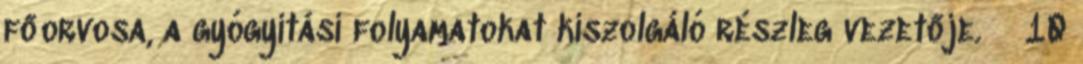
főorvosa, a gyógyítási folyamatokat kiszolgáló részleg vezetője.  10